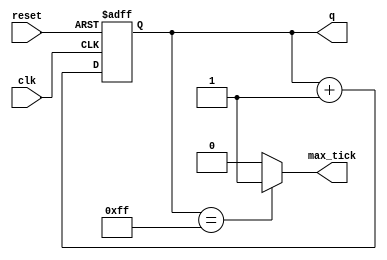
// Listing 7.7
module bin_counter_merge
   #(parameter N=8)
   (
    input wire clk, reset,
    output wire max_tick,
    output wire [N-1:0] q
   );

   //signal declaration
   reg [N-1:0] r_next, r_reg;

   // body
   // register and next-state logic
   always @(posedge clk, posedge reset)
      if (reset)
         r_reg <= 0;  // {N{1b'0}}
      else
         begin
           // next-state logic
           r_next = r_reg + 1;
           // register
           r_reg <= r_next;
         end
   // output logic
   assign q = r_reg;
   assign max_tick = (r_reg==2**N-1) ? 1'b1 : 1'b0;

endmodule